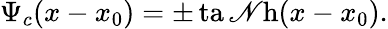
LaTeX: \Psi_{c}(x-x_{0})=\pm\operatorname{ta\mathscr{N}h}(x-x_{0}).